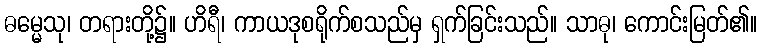
ဓမ္မေသု၊ တရားတို့၌။ ဟိရီ၊ ကာယဒုစရိုက်စသည်မှ ရှက်ခြင်းသည်။ သာဓု၊ ကောင်းမြတ်၏။